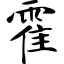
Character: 霍